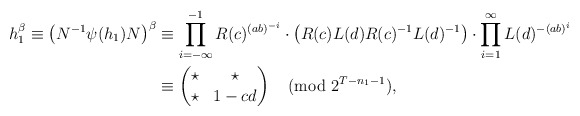
\begin{align*}\begin{aligned}h_1^\beta \equiv \left(N^{-1}\psi(h_1)N\right)^\beta & \equiv \prod_{i=-\infty}^{-1} R(c)^{(ab)^{-i}} \cdot \left(R(c)L(d)R(c)^{-1}L(d)^{-1}\right) \cdot \prod_{i=1}^\infty L(d)^{-(ab)^i} \\ & \equiv \left( \begin{matrix} \star & \star \\ \star & 1-cd \end{matrix} \right) \pmod{2^{T-n_1-1}},\end{aligned}\end{align*}